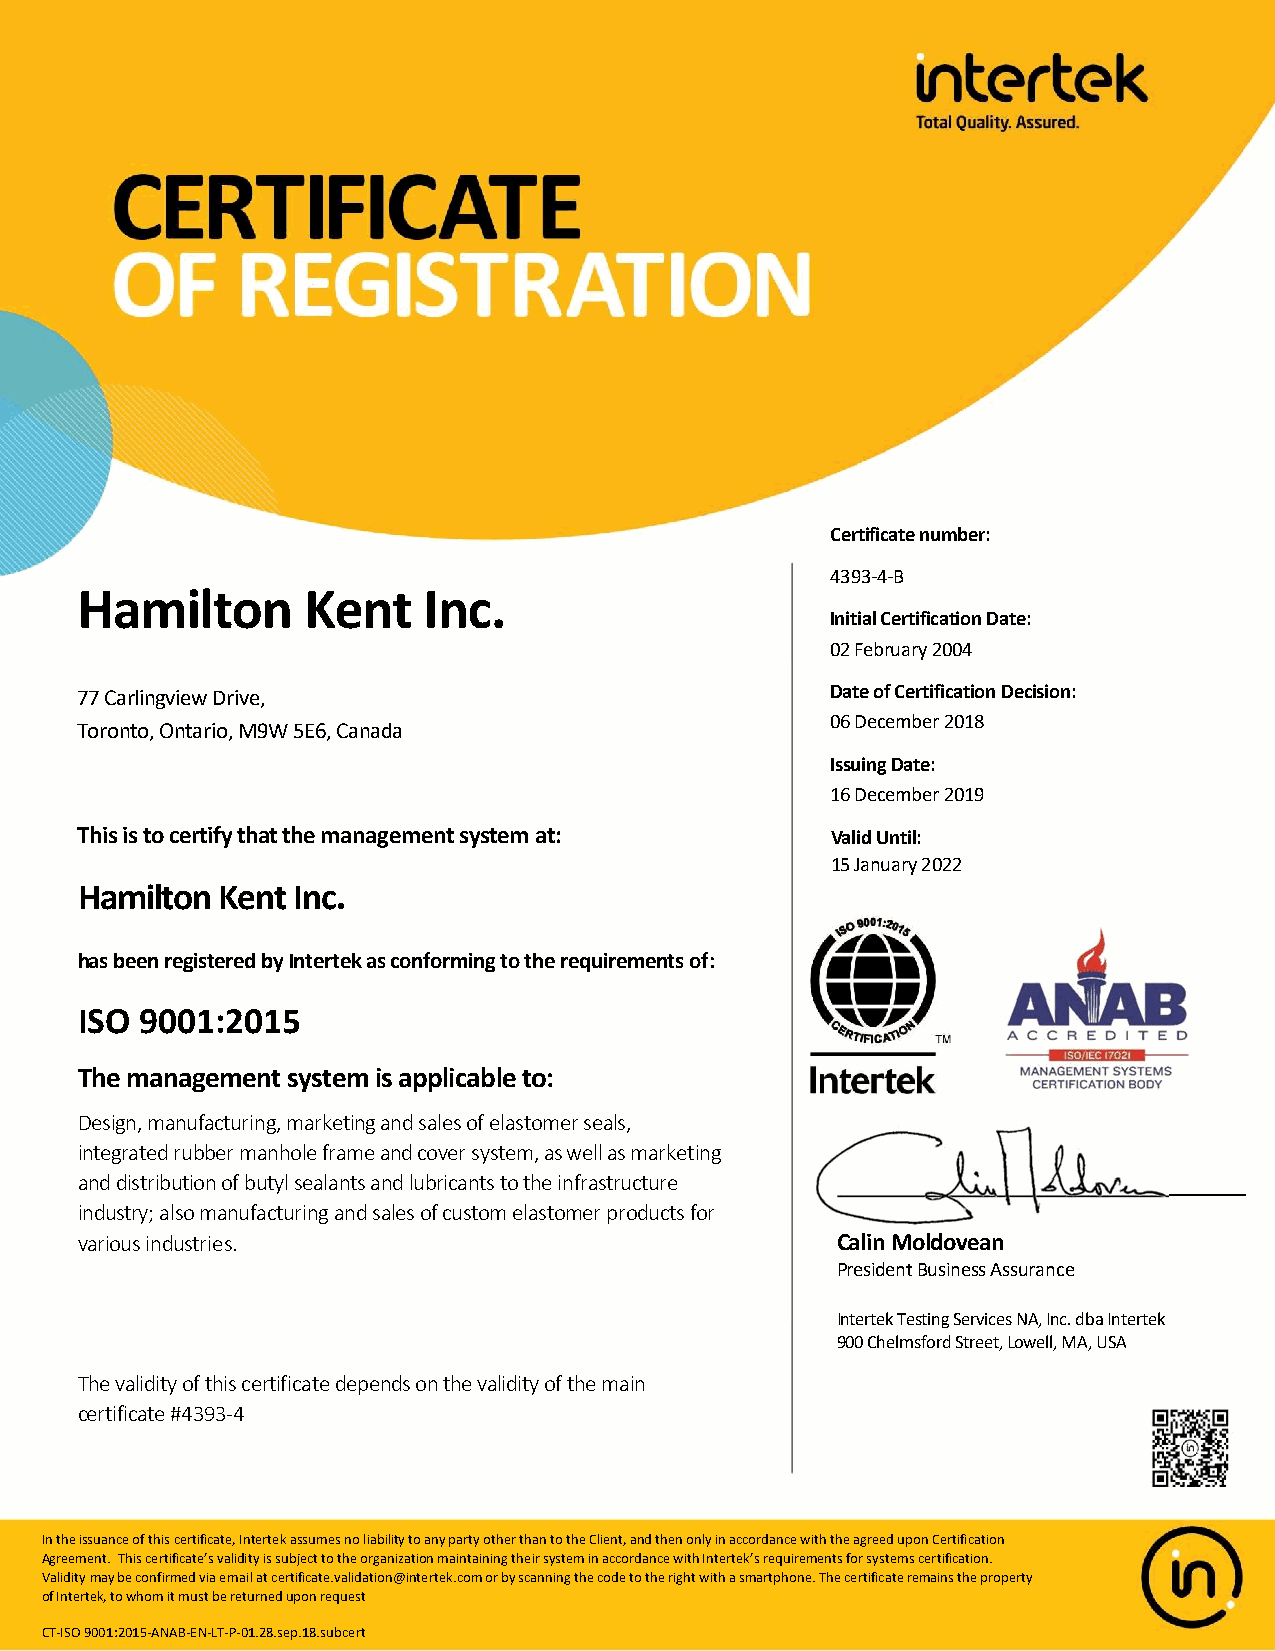
Certificate number:
 4393-4-B
 Hamilton       Kent    Inc.
 Initial Certification Date:
 02 February 2004
 77 Carlingview Drive,                             Date of Certification Decision:
 06 December 2018
 Toronto, Ontario, M9W 5E6, Canada
 Issuing Date:
 16 December 2019
 This is to certify that the management system at: Valid Until:
 15 January 2022
 Hamilton  Kent Inc.
 has been registered by Intertek as conforming to the requirements of:
 ISO 9001:2015
 The management system is applicable to:
 Design, manufacturing, marketing and sales of elastomer seals,
 integrated rubber manhole frame and cover system, as well as marketing
 and distribution of butyl sealants and lubricants to the infrastructure
 industry; also manufacturing and sales of custom elastomer products for
 various industries.                               Calin Moldovean
 President Business Assurance
 Intertek Testing Services NA, Inc. dba Intertek
 900 Chelmsford Street, Lowell, MA, USA
 The validity of this certificate depends on the validity of the main
 certificate #4393-4
 In the issuance of this certificate, Intertek assumes no liability to any party other than to the Client, and then only in accordance with the agreed upon Certification
 Agreement. This certificate’s validity is subject to the organization maintaining their system in accordance with Intertek’s requirements for systems certification.
 Validity may be confirmed via email at certificate.validation@intertek.com or by scanning the code to the right with a smartphone. The certificate remains the property
 of Intertek, to whom it must be returned upon request
 CT-ISO 9001:2015-ANAB-EN-LT-P-01.28.sep.18.subcert